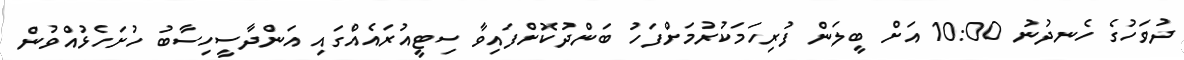
ދުވަހުގެ ހެނދުނު 10:00 އަށް ބީލަން ފުރިހަމަކުރުމަށްފަހު ބަންދުކޮށްފައިވާ ސިޓީއުރައެއްގައި އަންދާސީހިސާބު ހުށަހެޅުއްވުން